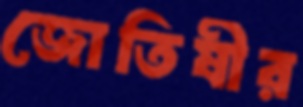
জোতিষীর